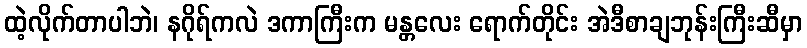
ထဲ့လိုက်တာပါဘဲ၊ နဂိုရ်ကလဲ ဒကာကြီးက မန္တလေး ရောက်တိုင်း အဲဒီစာချဘုန်းကြီးဆီမှာ